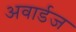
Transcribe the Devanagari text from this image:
अवार्डज